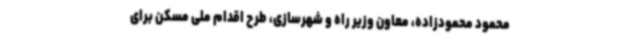
محمود محمودزاده، معاون وزیر راه و شهرسازی، طرح اقدام ملی مسکن برای